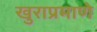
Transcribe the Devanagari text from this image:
खुराप्रमाणे